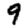
Digit: 9